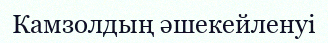
Камзолдың әшекейленуі